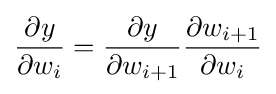
{\frac {\partial y}{\partial w_{i}}}={\frac {\partial y}{\partial w_{i+1}}}{\frac {\partial w_{i+1}}{\partial w_{i}}}